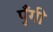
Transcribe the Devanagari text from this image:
पुँगी